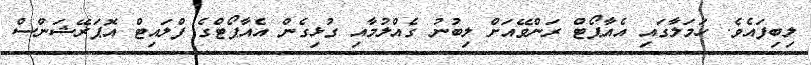
ލިބިފައެވެ. ހަމަލާގައި އެއާޕޯޓް ރަންވޭއަށް ލިބުނު ގެއްލުމާއި ގުޅިގެން އެއާޕޯޓްގެ ފްލައިޓް އޮޕަރޭޝަންސް